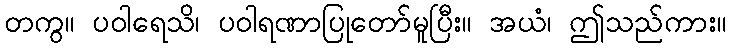
တကွ။ ပဝါရေသိ၊ ပဝါရဏာပြုတော်မူပြီး။ အယံ၊ ဤသည်ကား။